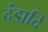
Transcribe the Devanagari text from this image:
दंडादि